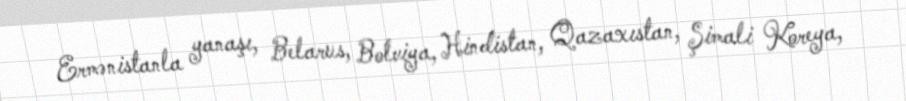
Ermənistanla yanaşı, Belarus, Bolviya, Hindistan, Qazaxıstan, Şimali Koreya,